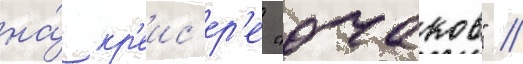
на́ кр'еис'ер'е "очаков" //